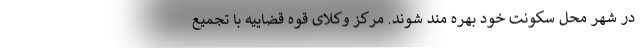
در شهر محل سکونت خود بهره مند شوند. مرکز وکلای قوه قضاییه با تجمیع